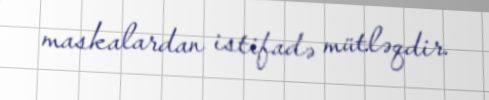
maskalardan istifadə mütləqdir.